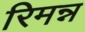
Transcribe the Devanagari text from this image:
रिमन्न